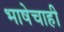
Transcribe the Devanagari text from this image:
भाषेचाही